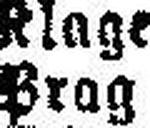
Prag